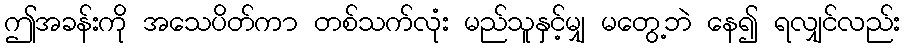
ဤအခန်းကို အသေပိတ်ကာ တစ်သက်လုံး မည်သူနှင့်မျှ မတွေ့ဘဲ နေ၍ ရလျှင်လည်း